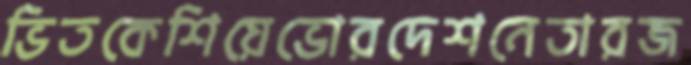
ভিতকেশিয়েভোরদেশনেতারজ